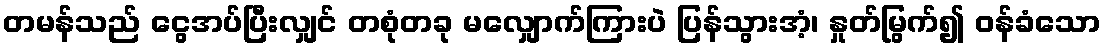
တမန်သည် ငွေအပ်ပြီးလျှင် တစုံတခု မလျှောက်ကြားပဲ ပြန်သွားအံ့၊ နှုတ်မြွက်၍ ဝန်ခံသော